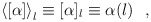
\begin{align*}\left<[\alpha]\right>_l \equiv [\alpha]_l \equiv \alpha(l)~~, \end{align*}